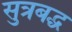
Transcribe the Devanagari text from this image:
सुत्रबद्ध